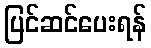
ပြင်ဆင်ပေးရန်